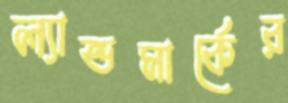
ল্যান্ডমার্কের